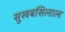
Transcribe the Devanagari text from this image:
सुखबसिलाल